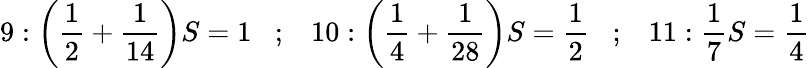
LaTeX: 9:{\bigg(}{\frac{1}{2}}+{\frac{1}{14}}{\bigg)}S=1\; \; \; ;\; \; \; 10:{\bigg(}{\frac{1}{4}}+{\frac{1}{28}}{\bigg)}S={\frac{1}{2}}\; \; \; ;\; \; \; 11:{\frac{1}{7}}S={\frac{1}{4}}